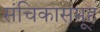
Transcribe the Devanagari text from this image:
संचिकासमूह